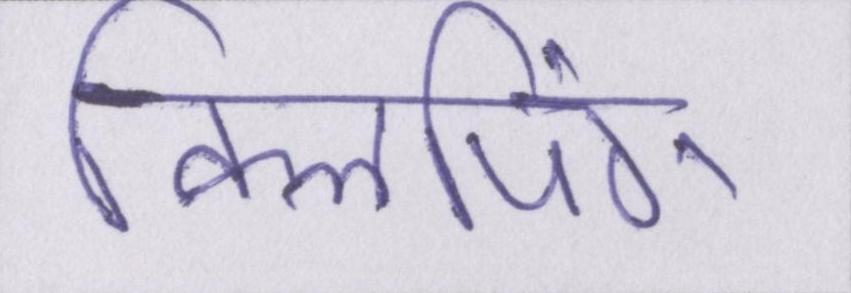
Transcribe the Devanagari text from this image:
क्लिपिंग